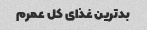
بد‌ترین غذای کل عمرم